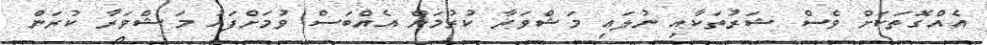
އެއްގޮތަކަށް ވެސް ޝަރުތަކާއި ނުލައި މަޝްވަރާ ކުރުމަށް އެއްބަސް ވުމަށްފަހު މަޝްވަރާ ކުރަން